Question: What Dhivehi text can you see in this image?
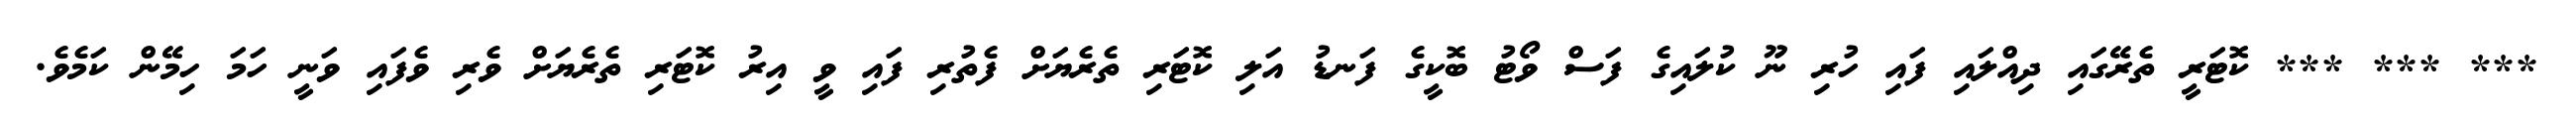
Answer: *** *** *** ކޮޓަރީ ތެރޭގައި ދިއްލައި ފައި ހުރި ނޫ ކުލައިގެ ފަސް ވޯޓު ބޮކީގެ ފަނޑު އަލި ކޮޓަރި ތެރެޔަށް ފެތުރި ފައި ވީ އިރު ކޮޓަރި ތެރެޔަށް ވެރި ވެފައި ވަނީ ހަމަ ހިމޭން ކަމެވެ.